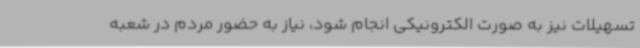
تسهیلات نیز به صورت الکترونیکی انجام شود، نیاز به حضور مردم در شعبه